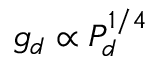
g _ { d } \propto P _ { d } ^ { 1 / 4 }